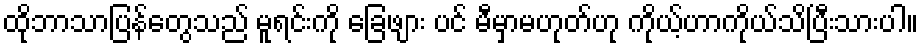
ထိုဘာသာပြန်တွေသည် မူရင်းကို ခြေဖျား ပင် မီမှာမဟုတ်ဟု ကိုယ့်ဟာကိုယ်သိပြီးသားပါ။